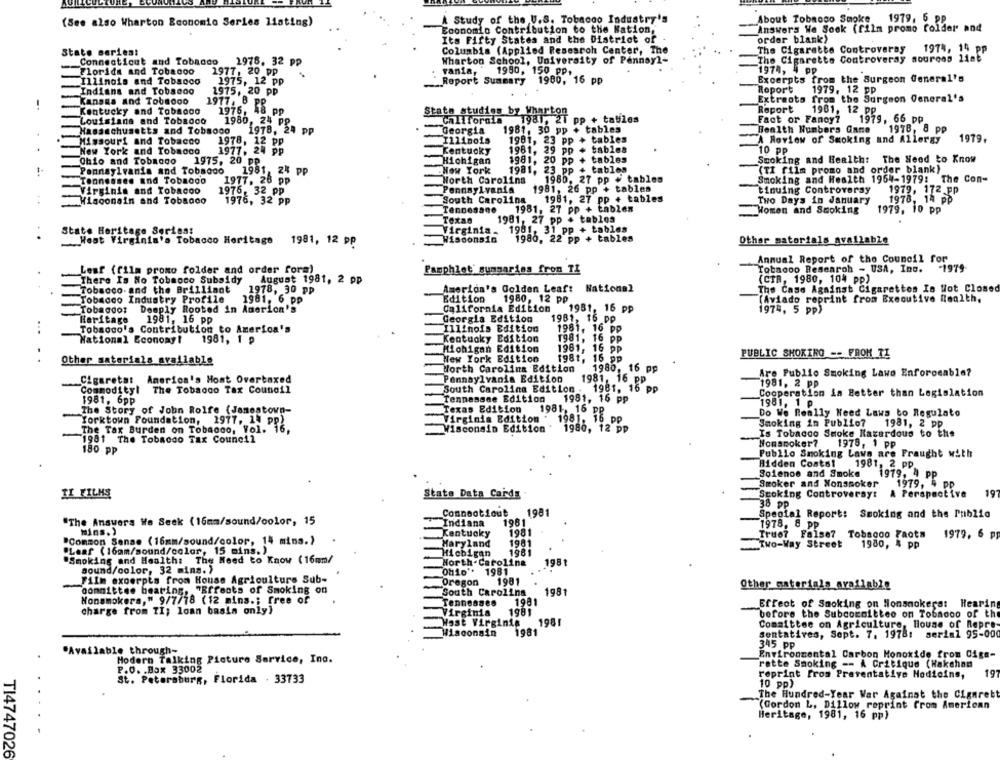
(See also Wharton Economio Series listing)
A Study of the U.S. Tobacco Industry's
About Tobnooo Smoke 1979, 5 PP
Economia Contribution to the Nation,
Answers We Sock (film promo folder and
Its Fifty States and the District of
order blank)
State series:
Columbia (Applied Resesroh Center, The
The Cigarette Controversy
1974, 14 pp
Connecticut and Tobaodo
1976. 32 pp
Wharton School, University of Pennsyl-
The Cigarette Controversy sources 11at
1974, 4
Florida and Tobacoo
1977, 20 pp
vania,
1980, 150 PP,
Excerpts from the Surgeon General's
pp
Illinois and Tobacco
1975, 12 pp
Report Summary 1980, 16 pp
Indians and Tobacco
1975, 20 pp
Roport
1979. 12 pp
1977, 8
Extraots from the Surgeon General's
Kansas and Tobaooo
Kentucky and Tobagoo
1976. 18 pp
State studies by Wharton
Report
1961, 12 pp
Louisiana and Tobaooo
1980, 24 pp
California
1981, 21 pp + tabiles
Fact or Fancy?
1979, 66 pp
Hasanchusetts and Tobaoco
1978, 24 pp
Georgia
1981, 30 pp + tables
Health Numbers Gane
1978, 8 pp
Missouri and Tobacco
1978, 12 pp
1981, 23 pp + tables
A Review of Smoking and Allergy
1979.
New York and Tobacco
1977, 24 pp
Kentucky
1981, 29 pp # tables
10 PP
Hichigan
1981, 20 pp + tables
Smoking and Health: The Need to Know
Chio and Tobago
1975. 20 PP
Pennsylvania and Tobacco
1981, 24 PP
.New York
1981, 23 pp + tables
(TI film promo and order blank)
Tennessee and Tobacco
1977. 26 pp
Worth Carolina
0. 27 pp . tables
Smoking and Health 1954-1979: The Con-
Virginia and Tobacoo
1976. 32 pp
Pennsylvania
1981, 26 pp + tables
tinuing Controversy
1979. 172 PP
Wisconsin and Tobacco
1976, 32 pp
South Carolina
1981, 27 pp + tables
Two Days in January
1978, 14 PP
Tennesane
1981, 27 pp + tables
Women and Smoking
1979, 10 pp
Texas
1981, 27 pp . tables
State Heritage Series:
1981, 31 pp + tables
Virginia.
West Virginia's Tobacco Heritage 1981, 12 pp
#1soonsin
1980, 22 pp + tables
Other materials available
Annual Report of the Council for
Leaf (film promo folder and order fora)
Pamphlet' summaries from TI
Tobacoo Researoh - USA, Inc. - 1979-
There Is No Tobaoco Subsidy August 1981, 2 pp
(CIR, 1980, 104 pp)
Tobacco and the Brilliant
1978, 30 pp
America's Golden Leaf: National
The Case Against Cigarettes Is Not Closed
Tobacco Industry Profile
1981. 6 pp
Edition
1980, 12 pp
(Aviado reprint from Executive Health.
Tobacco: Deeply Rooted in America's
California Edition
1981, 16 pp
1974, 5 pp)
Heritage
1981, 16 pp
Georgla Edition
1981, 16 pp
Illinois Edition
1981, 16 pp
...
Tobacco's Contribution to America's
National Economyt
1981, 1 ₽
Kentucky Edition
1981, 16 pp
Michigan Edition
1961, 16 pp
New York Edition
1981, 16 pp
PUBLIC SHORING -- FROM TI
..
Other materials available
North Carolina Edition
1980, 16 pp
Are Public Smoking Lawo Enforceable?
Cigarets: America's Host Overtaxed
Pennsylvania Edition
1981, 16 pp
1981, 16 pp
1981. 2 pp
Commodityl The Tobacco Tax Council
South Carolina Edition .
Cooperation is Better than Legislation
1981, 6pp
Tennessee Edition
1981, 16 pp
1981, 1 p
The Story of John Rolfe (Jamestown-
Texas Edition
Yorktown Foundation, 1977, 14 pp)
Virginia Edition
1981. 16 PP
1981. 16 pp
Do We Really Need Laws to Regulato
Smoking in Publio?
1981, 2 pp
The Tax Burden on Tobacco, Vol. 16,
Wisconsin Edition
1980, 12 pp
Is Tobacco Smoke Narerdous to the
1981 The Tobacco Tax Council
Nonsmoker?
1978, 1 PP
180 PP
Publio Smoking Lawn are Fraught with
Hidden Costo1
1981, 2 pp
Solenos and Smoke
1979, 4 PP
Smoker and Nonsmoker
1979, 4 Pp
II FILMS
State Data Cards
Smoking Controversy:
A Perspectiva
19
38 PP
Connecticut
198
Speotal Report: Smoking and the Publio
"The Answers We Seek (16mm/sound/color, 15
Indiana
1961
1978, 8 pp
mins.)
Kentucky
1981
True? False7
"Common Sense (16mm/sound/color, 14 mins.)
Tobaooo Facts
1979. 6 pp
Maryland
1981
„Two-Way Street
1980, 4 pp
"Leaf (16mm/sound/color, 15 mins.)
Michigan
1981
"Smoking and Health: The Need to Know (16mm/
North.Caroline
198 1
sound/color, 32 mins. )
Ohio'*
1981
Film excerpts from House Agriculture Sub-
Oregon
1981
Other materials_available
committee bearing, "Effects of Smoking on
South Carolina
1981
Nonsmokers," 9/7/78 (12 mins .; free of
1981
Tennesses
Effect of Smoking on Nonsmokers: Hearing
charge from TI; loan basis only)
Virginia
1981
before the Subcoraittee on Tobaooo of the
West Virginia
198
Committee on Agriculture, House of Repre
Wisconsin
1981
sentatives, Sept. 7. 1978: serin1 95-000
345 PP
ble through-
Environmental Carbon Monoxide from 04ga-
Modern Talking Picture Service, Inc.
P.O. . Box 33002
rette Smoking -- A Critique (Hakehan
reprint from Preventative Hodicins,
19
St. Petersburg, Florida . 33733
10 pp)
The Hundred-Year War Against the Cignrett
(Gordon L. Dillow reprint from American
Heritage, 1981, 16 pp)
. .
TI4747026